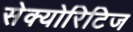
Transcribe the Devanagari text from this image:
सेक्योरिटिज